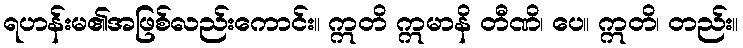
ရဟန်းမ၏အဖြစ်လည်းကောင်း။ ဣတိ ဣမာနိ တီဏိ၊ ပေ။ ဣတိ၊ တည်း။